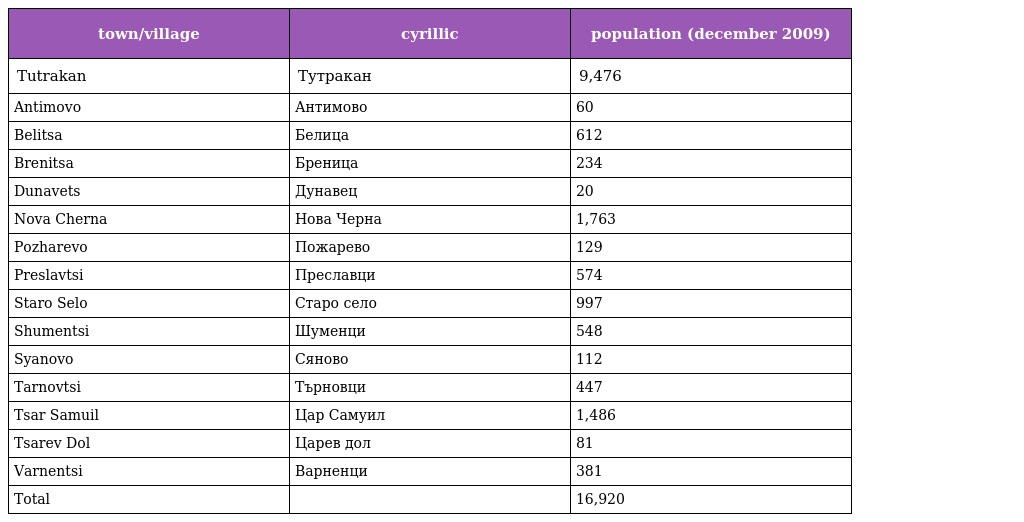
| town/village | cyrillic | population (december 2009) |
 | --- | --- | --- |
 | Tutrakan | Тутракан | 9,476 |
 | Antimovo | Антимово | 60 |
 | Belitsa | Белица | 612 |
 | Brenitsa | Бреница | 234 |
 | Dunavets | Дунавец | 20 |
 | Nova Cherna | Нова Черна | 1,763 |
 | Pozharevo | Пожарево | 129 |
 | Preslavtsi | Преславци | 574 |
 | Staro Selo | Старо село | 997 |
 | Shumentsi | Шуменци | 548 |
 | Syanovo | Сяново | 112 |
 | Tarnovtsi | Търновци | 447 |
 | Tsar Samuil | Цар Самуил | 1,486 |
 | Tsarev Dol | Царев дол | 81 |
 | Varnentsi | Варненци | 381 |
 | Total |  | 16,920 |